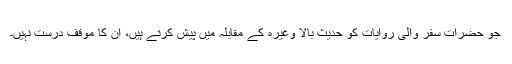
جو حضرات سفر والی روایات کو حدیث بالا وغیرہ کے مقابلہ میں پیش کرتے ہیں، ان کا موقف درست نہیں۔